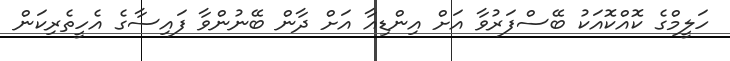
ހަލީމްގެ ކޮއްކޮއަކު ބޭސްފަރުވާ އަށް އިންޑިއާ އަށް ދާން ބޭނުންވާ ފައިސާގެ އެހީތެރިކަން